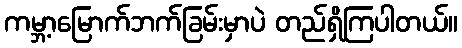
ကမ္ဘာ့မြောက်ဘက်ခြမ်းမှာပဲ တည်ရှိကြပါတယ်။